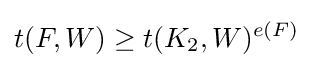
t(F,W)\geq t(K_{2},W)^{e(F)}